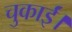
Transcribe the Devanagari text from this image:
चुकाईं।